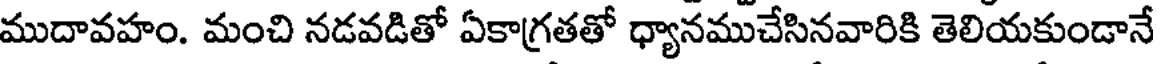
ముదావహం. మంచి నడవడితో ఏకాగ్రతతో ధ్యానముచేసినవారికి తెలియకుండానే